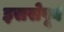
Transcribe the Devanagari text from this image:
इससेपूर्व